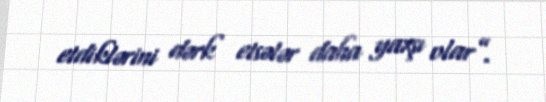
etdiklərini dərk etsələr daha yaxşı olar”.